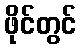
ဖိုင်တွင်